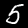
Digit: 5